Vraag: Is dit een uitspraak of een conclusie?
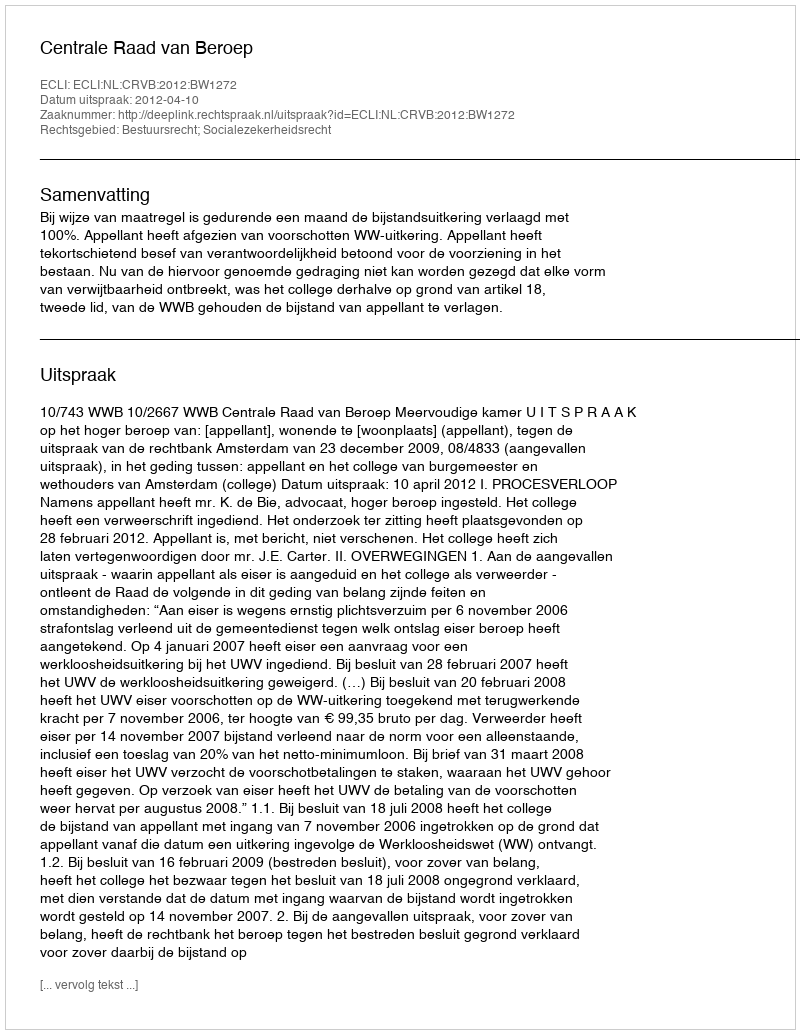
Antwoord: Uitspraak